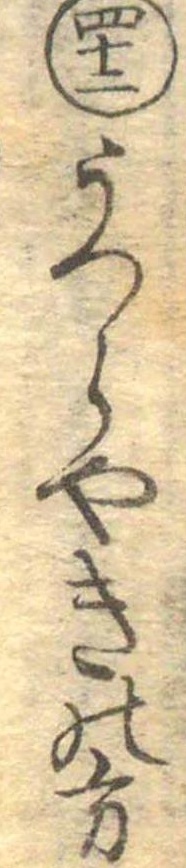
四十二うつらやきの方